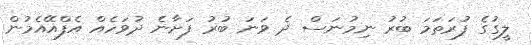
ލީގުގެ ފުރަތަމަ ބުރު ނިމުނަސް ދެ ވަނަ ބުރު ފަށާނެ ދުވަހެއް އެފްއޭއެމުން